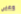
وعيي